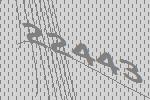
22443